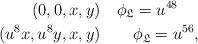
LaTeX: \begin{align*}(0,0,x,y)&\quad\phi_{\mathfrak{L}} = u^{48}\\(u^8x,u^8y,x,y)&\quad\quad\phi_{\mathfrak{L}} = u^{56},\end{align*}